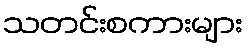
သတင်းစကားများ